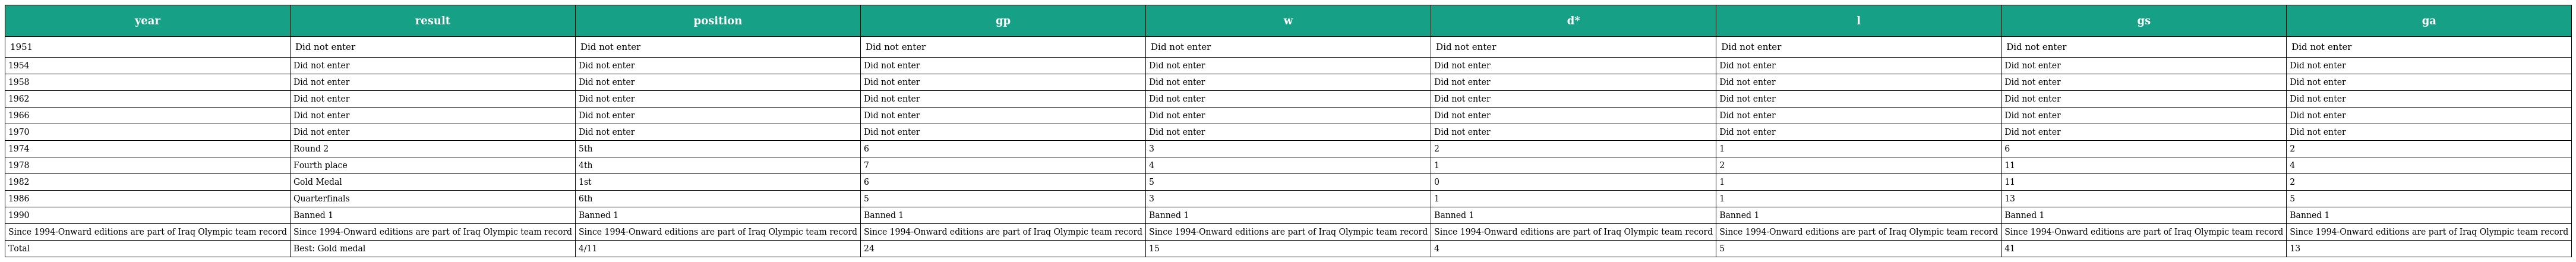
| year | result | position | gp | w | d* | l | gs | ga |
 | --- | --- | --- | --- | --- | --- | --- | --- | --- |
 | 1951 | Did not enter | Did not enter | Did not enter | Did not enter | Did not enter | Did not enter | Did not enter | Did not enter |
 | 1954 | Did not enter | Did not enter | Did not enter | Did not enter | Did not enter | Did not enter | Did not enter | Did not enter |
 | 1958 | Did not enter | Did not enter | Did not enter | Did not enter | Did not enter | Did not enter | Did not enter | Did not enter |
 | 1962 | Did not enter | Did not enter | Did not enter | Did not enter | Did not enter | Did not enter | Did not enter | Did not enter |
 | 1966 | Did not enter | Did not enter | Did not enter | Did not enter | Did not enter | Did not enter | Did not enter | Did not enter |
 | 1970 | Did not enter | Did not enter | Did not enter | Did not enter | Did not enter | Did not enter | Did not enter | Did not enter |
 | 1974 | Round 2 | 5th | 6 | 3 | 2 | 1 | 6 | 2 |
 | 1978 | Fourth place | 4th | 7 | 4 | 1 | 2 | 11 | 4 |
 | 1982 | Gold Medal | 1st | 6 | 5 | 0 | 1 | 11 | 2 |
 | 1986 | Quarterfinals | 6th | 5 | 3 | 1 | 1 | 13 | 5 |
 | 1990 | Banned 1 | Banned 1 | Banned 1 | Banned 1 | Banned 1 | Banned 1 | Banned 1 | Banned 1 |
 | Since 1994-Onward editions are part of Iraq Olympic team record | Since 1994-Onward editions are part of Iraq Olympic team record | Since 1994-Onward editions are part of Iraq Olympic team record | Since 1994-Onward editions are part of Iraq Olympic team record | Since 1994-Onward editions are part of Iraq Olympic team record | Since 1994-Onward editions are part of Iraq Olympic team record | Since 1994-Onward editions are part of Iraq Olympic team record | Since 1994-Onward editions are part of Iraq Olympic team record | Since 1994-Onward editions are part of Iraq Olympic team record |
 | Total | Best: Gold medal | 4/11 | 24 | 15 | 4 | 5 | 41 | 13 |